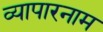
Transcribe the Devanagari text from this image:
व्यापारनाम